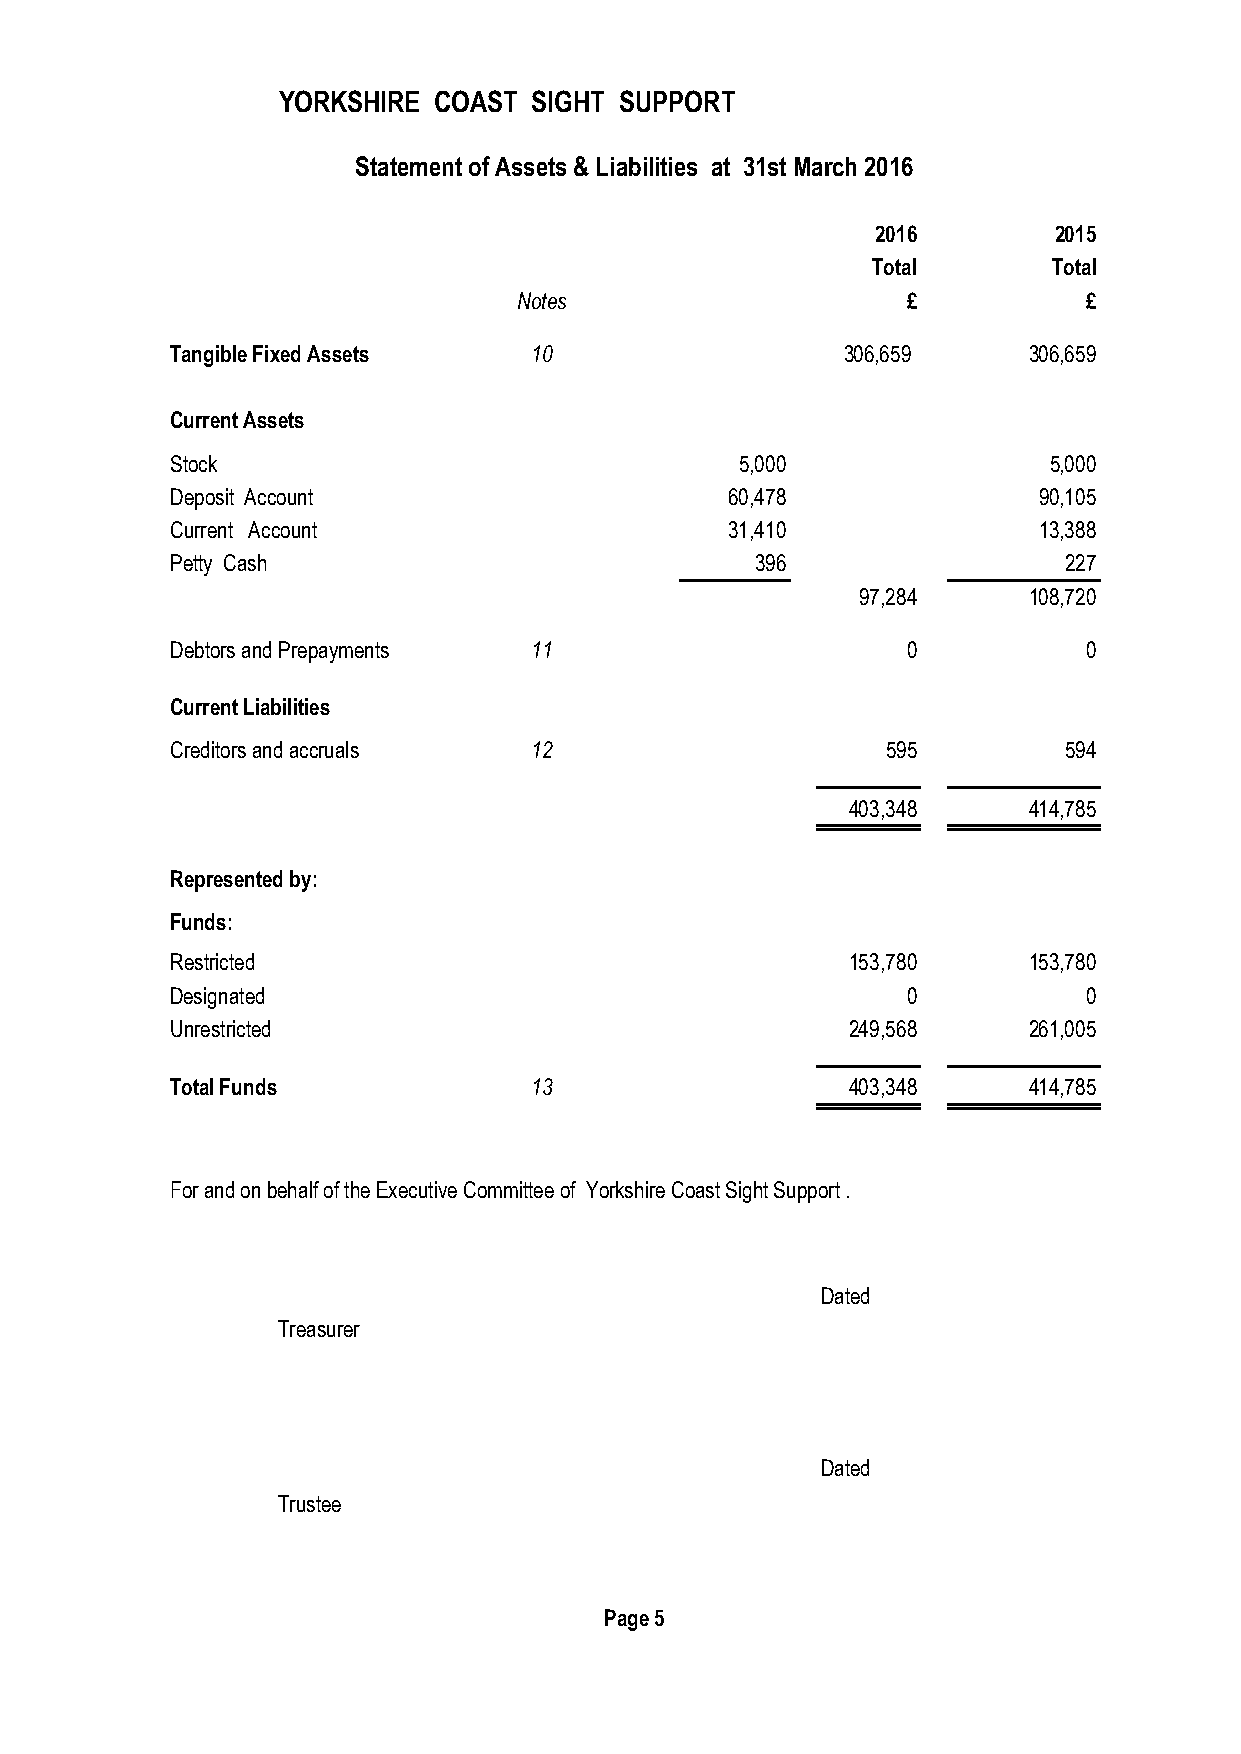
YORKSHIRE  COAST SIGHT SUPPORT
 Statement of Assets & Liabilities at 31st March 2016
 2016        2015
 Total       Total
 Notes                     £           £
 Tangible Fixed Assets   10                   306,659     306,659
 Current Assets
 Stock                                 5,000               5,000
 Deposit Account                      60,478               90,105
 Current Account                      31,410               13,388
 Petty Cash                             396                 227
 97,284     108,720
 Debtors and Prepayments 11                       0           0
 Current Liabilities
 Creditors and accruals  12                      595        594
 403,348     414,785
 Represented by:
 Funds:
 Restricted                                   153,780     153,780
 Designated                                       0           0
 Unrestricted                                 249,568     261,005
 Total Funds             13                   403,348     414,785
 For and on behalf of the Executive Committee of Yorkshire Coast Sight Support .
 Dated
 Treasurer
 Dated
 Trustee
 Page 5